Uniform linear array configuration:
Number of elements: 64
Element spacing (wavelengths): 1
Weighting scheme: hann
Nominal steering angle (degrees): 45
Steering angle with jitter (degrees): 46.251
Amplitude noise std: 0.05
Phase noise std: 0.05

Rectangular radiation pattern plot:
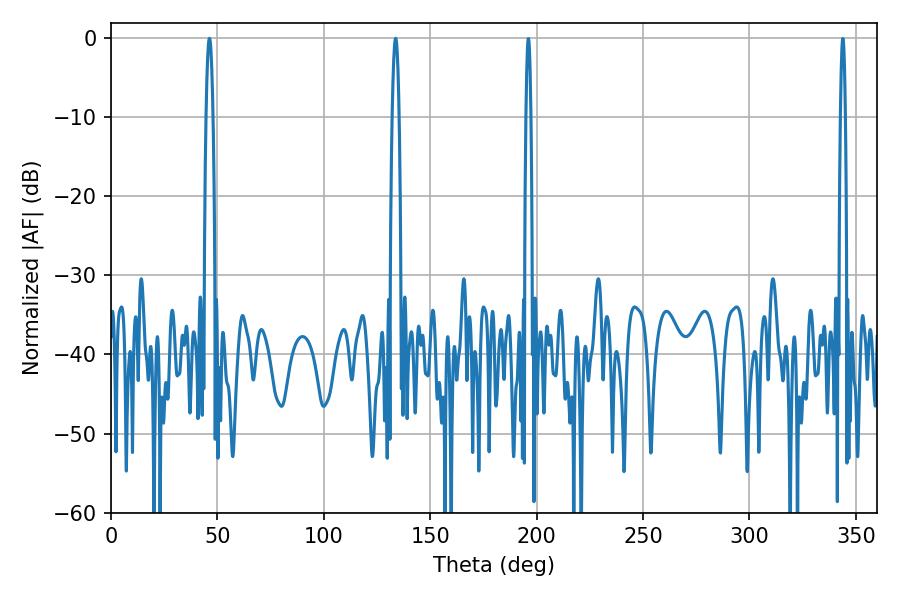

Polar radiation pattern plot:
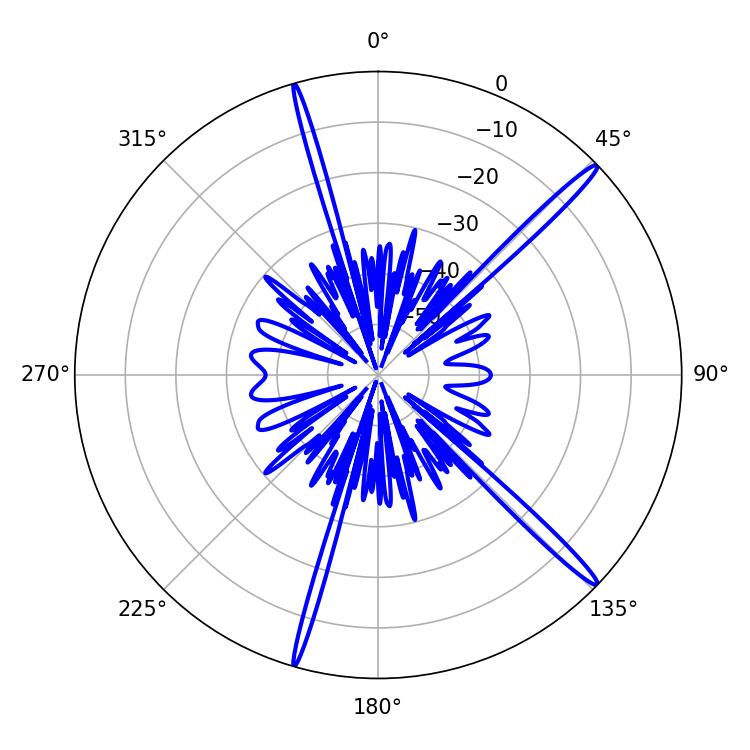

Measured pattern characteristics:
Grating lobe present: TRUE
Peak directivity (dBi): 17.46
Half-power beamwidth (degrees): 1.8
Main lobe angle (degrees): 46.26